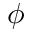
\phi